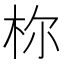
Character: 𪱾